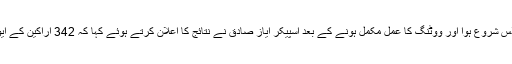
منگل کی سہ پہر تین بجے قومی اسمبلی کا اجلاس شروع ہوا اور ووٹنگ کا عمل مکمل ہونے کے بعد اسپیکر ایاز صادق نے نتائج کا اعلان کرتے ہوئے کہا کہ 342 اراکین کے ایوان میں شاہد خاقان عباسی کو 221 ووٹ ملے۔